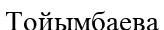
Тойымбаева